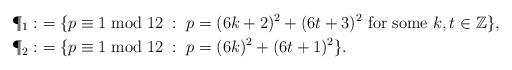
LaTeX: \begin{align*}\P_1:& =\{p\equiv 1 \bmod 12 \; :\; p=(6k+2)^2 + (6t+3)^2 \text{ for some $k,t\in \mathbb Z$}\}, \\ \P_2:& =\{p\equiv 1 \bmod 12 \; :\; p=(6k)^2 + (6t+1)^2 \}. \end{align*}